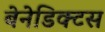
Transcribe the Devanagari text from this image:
बेनेडिक्टस